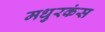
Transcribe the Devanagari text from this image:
मधुरकंस